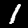
Digit: 1